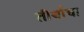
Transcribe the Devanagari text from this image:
तीर्थाचा